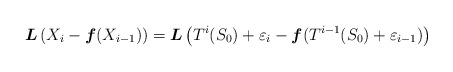
\begin{align*}\boldsymbol{L} \left( X_i - \boldsymbol{f}(X_{i-1}) \right)= \boldsymbol{L} \left( T^i(S_0) + \varepsilon_i - \boldsymbol{f}(T^{i-1}(S_0) + \varepsilon_{i-1}) \right)\end{align*}